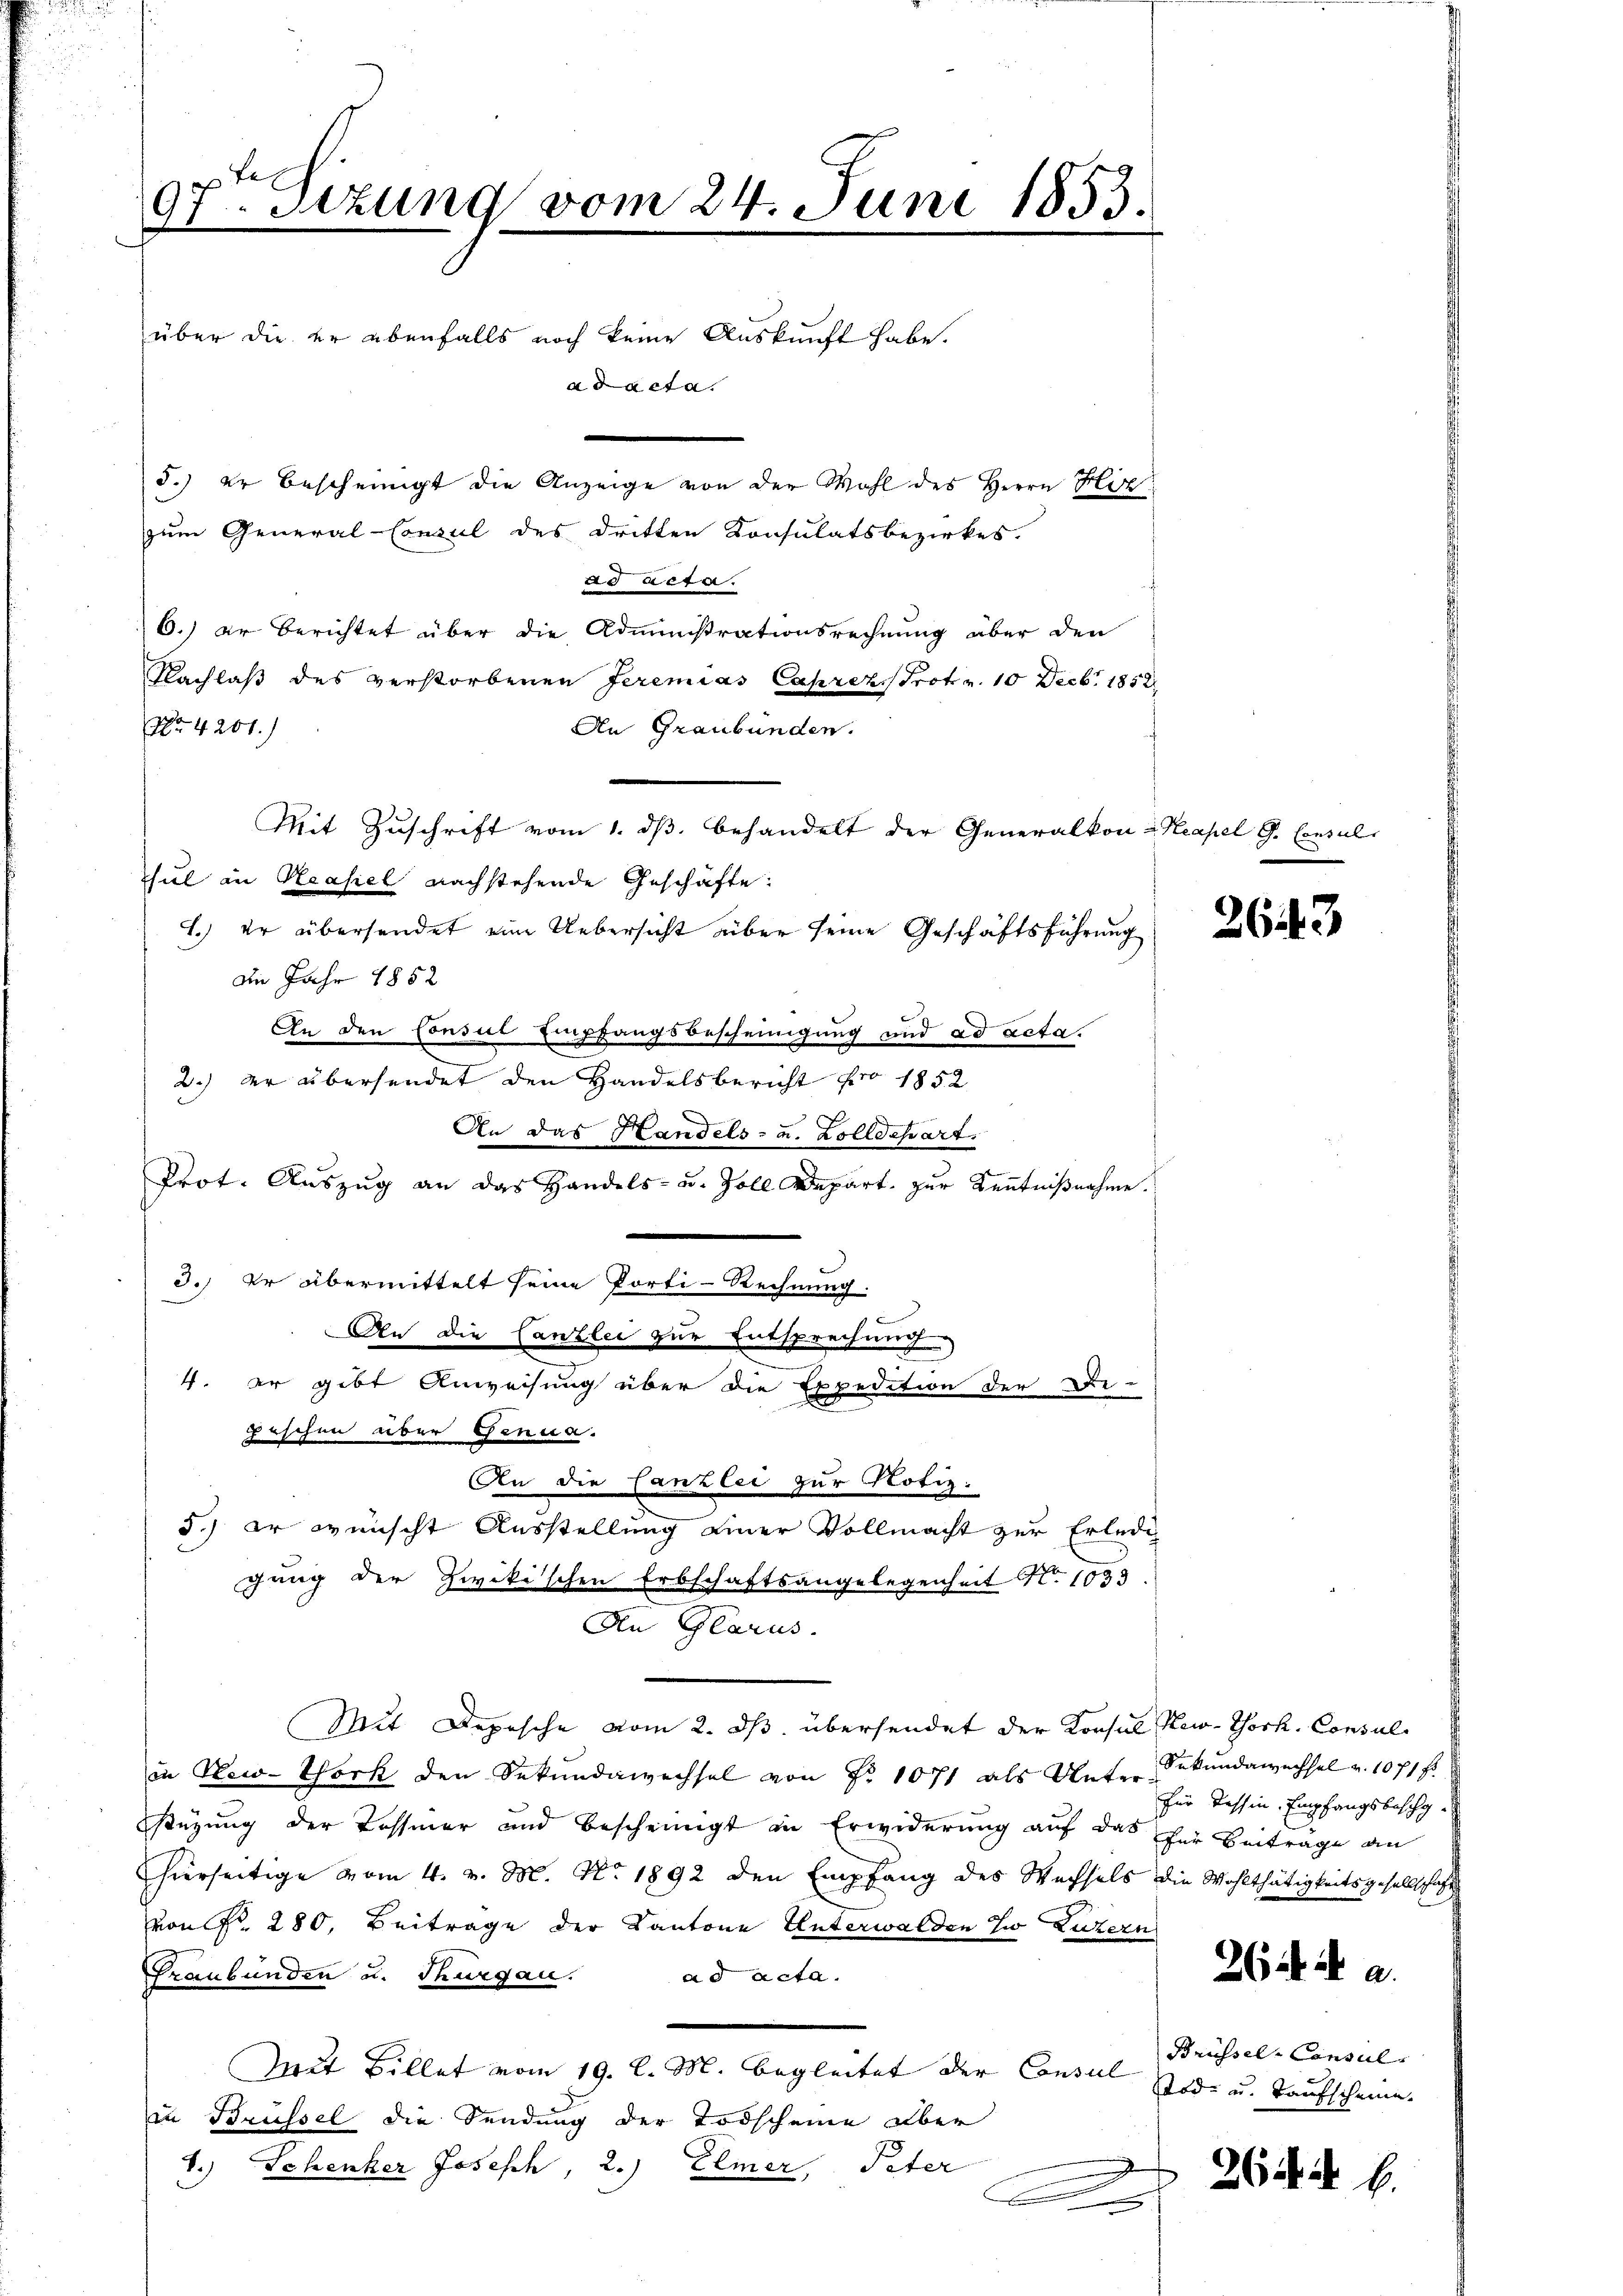
97t Sizung vom 24. Juni 1853.
über die er ebenfalls noch keine Auskunft habe.
ad acta.
5.) Er bescheinigt die Anzeige von der Wohl des Herrn Hirz

zum General-Consul des dritten Konsulatsbezirkes.
ad Acta.
6.) er Berichtet über die Administrationsrechnung über den
Nachlaß des verstorbenen Jeremias Caprez Prot v. 10 Decbr 1852
Nr. 4204.)
An Graubünden.
Mit Zuschrift vom 1. dβ behandelt der Generalkon-Keapel G. Consul
Thul in Reasiel nachstehende Geschäfte:
1.) Er übersendet eine Uebersicht über seine Geschäftsführung
de Jahr 1852
An den Consul Empfangsbescheinigung und ad acta.
2.) Der übersendet den Handelsbericht pro 1852
An das Handels- u. Zolldepart
Prot. Auszug an das Handels- u. Zoll Depart zur Kenntnißnahme.
3.) Er übermittelt seine Porti-Rechnung.
An die Canzlei zur Entsprechung.
4. Er gibt Anweisung über die Expedition der Be-
pischen über Genua.
An die Canzlei zur Notiz:
5.) Er wünscht Ausstellung einer Vollmacht zur Erledig
gung der Zwikischen Erbschaftsangelegenheit No. 1033
An Glarus.
Mit Depesche vom 2. ds. übersendet der Konsul New-York, Consul
in New-York den Sekundawechsel von No 1071 als Unter-
stüzung der Tessiner und bescheinigt in Erwiderung auf das für Beiträge an
hierseitige vom 4. v. M. No. 1892 den Empfang des Wechsels die Wohlthätigkeitsgesellschaft
von Fr. 280. Beitrage der Kantone Unterwalden zu Luzern
Graubünden u. Thurgau.
ad acta.
Mit Billet vom 19. l. M. begleitet der Consul Brüssel-Conseil
in Brüssel die Sendung der Todscheine aber
4.) Schenker Joseph, 2.) Elmer, Peter
.
e

263

Sekundanechsel v. 1071 f
für Tessin. Empfangsbeschy-

264 d a.

Tod und Taufscheine.

264. 6.